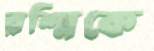
রশ্মিকে